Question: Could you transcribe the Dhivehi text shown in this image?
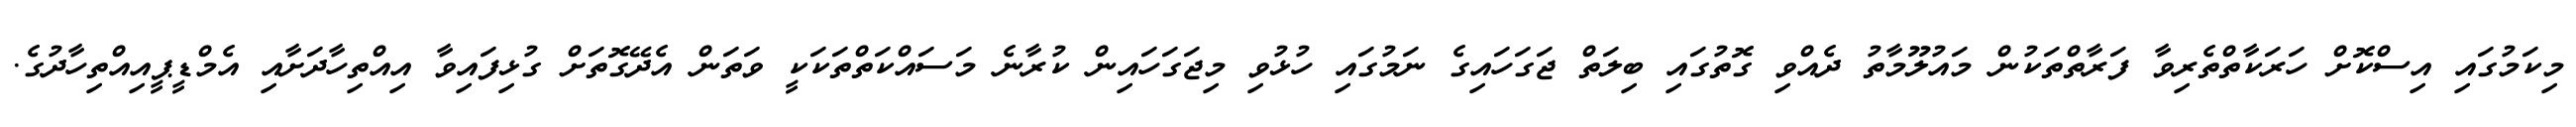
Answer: މިކަމުގައި އިސްކޮށް ހަރަކާތްތެރިވާ ފަރާތްތަކުން މައުލޫމާތު ދެއްވި ގޮތުގައި ބިލަތް ޖަގަހައިގެ ނަމުގައި ހުޅުވި މިޖަގަހައިން ކުރާނެ މަސައްކަތްތަކަކީ ވަތަން އެދޭގޮތަށް ގުޅިފައިވާ އިއްތިހާދަށާއި އެމްޑީޕީއިއްތިހާދުގެ.